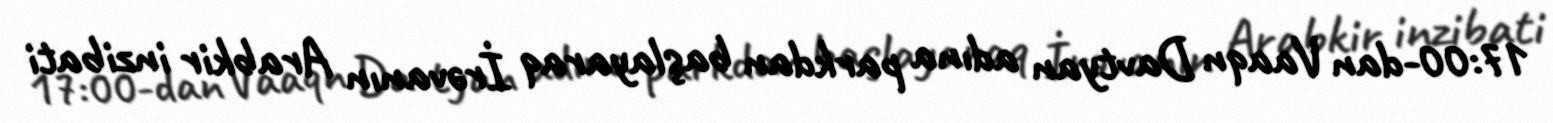
17:00-dan Vaaqn Davtyan adına parkdan başlayaraq İrəvanın Arabkir inzibati